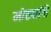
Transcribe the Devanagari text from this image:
मोठ्यांचे